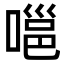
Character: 嗈